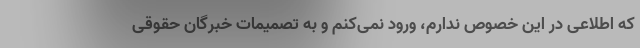
که اطلاعی در این خصوص ندارم، ورود نمی‌کنم و به تصمیمات خبرگان حقوقی